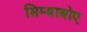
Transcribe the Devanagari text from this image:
सिम्बाबोए